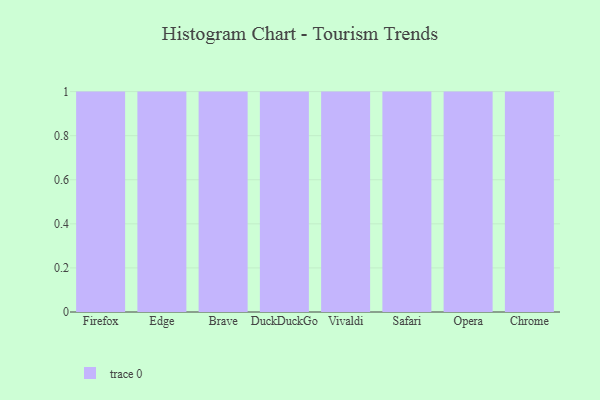
{"axis": {"x": "Browser", "y": "Satisfaction Score"}, "legend": [""], "data": [{"x": "Firefox", "y": 25, "type": ""}, {"x": "Edge", "y": 12, "type": ""}, {"x": "Brave", "y": 96, "type": ""}, {"x": "DuckDuckGo", "y": 6, "type": ""}, {"x": "Vivaldi", "y": 52, "type": ""}, {"x": "Safari", "y": 24, "type": ""}, {"x": "Opera", "y": 45, "type": ""}, {"x": "Chrome", "y": 85, "type": ""}]}